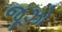
જૂઝો